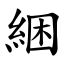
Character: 綑